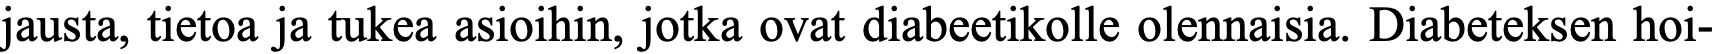
jausta, tietoa ja tukea asioihin, jotka ovat diabeetikolle olennaisia. Diabeteksen hoi-